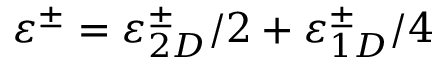
\varepsilon ^ { \pm } = \varepsilon _ { 2 D } ^ { \pm } / 2 + \varepsilon _ { 1 D } ^ { \pm } / 4